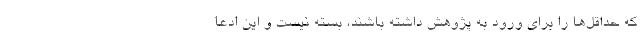
که حداقل‌ها را برای ورود به پژوهش داشته باشند، بسته نیست و این ادعا